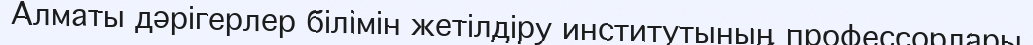
Алматы дәрігерлер білімін жетілдіру институтының профессорлары